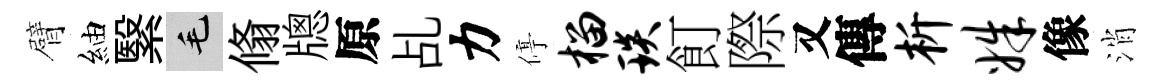
臂紬繄毛翛牕原乩力停榴琰飣際又傳析姝像消